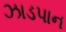
ઝાડપાન